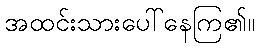
အထင်းသားပေါ်နေကြ၏။